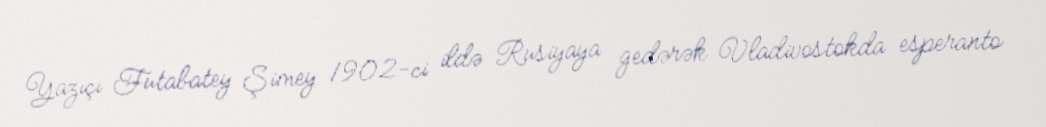
Yazıçı Futabatey Şimey 1902-ci ildə Rusiyaya gedərək Vladivostokda esperanto